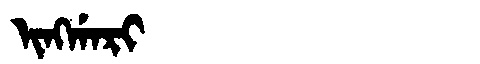
Manchu: ᡳᠩᡤᠠᡵᡳ
Romanization: INGGARI